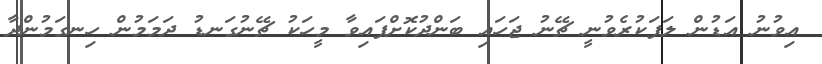
އިވުނު އަޑުން ލަފަކުރެވުނީ ޗޭނު ޖަހައި ބަންދުކޮށްފައިވާ މީހަކު ޗޭނުގަނޑު ދަމަމުން ހިނގަމުންދާ